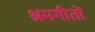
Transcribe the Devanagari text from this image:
श्रमगीतों